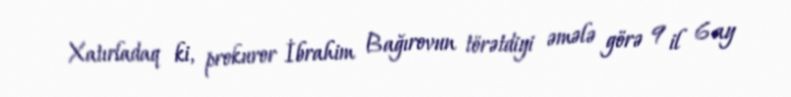
Xatırladaq ki, prokuror İbrahim Bağırovun törətdiyi əmələ görə 9 il 6 ay